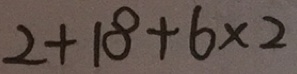
2 + 1 8 + 6 \times 2